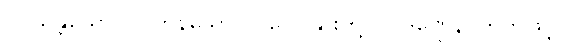
ပဝိသန္တိယော၊ ဝင်ကုန်သော။ ဂါဝေါ၊ နွားတို့ကို။ ဒဏ္ဍေန၊ တုတ်ဖြင့်။